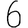
Digit: 6